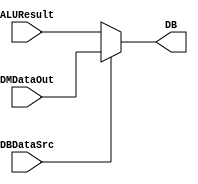
`timescale 1ns / 1ps

module DBDataSelector(
    input DBDataSrc,
    input[31:0] ALUResult,
    input[31:0]DMDataOut,
    output reg[31:0]DB
    );
    always@(DBDataSrc)
    begin
        if(DBDataSrc==0)
        begin
            DB=ALUResult;
        end
        
        else
        begin
            DB=DMDataOut;
        end
    end
endmodule